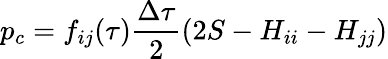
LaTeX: p_{c}=f_{ij}(\tau)\frac{\Delta\tau}{2}(2S-H_{ii}-H_{jj})